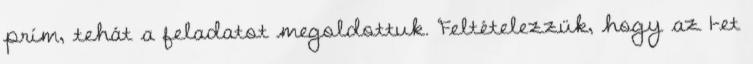
prím, tehát a feladatot megoldottuk. Feltételezzük, hogy az 1-et